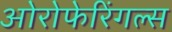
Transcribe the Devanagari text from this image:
ओरोफेरिंगल्स